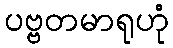
ပဗ္ဗတမာရုဟုံ